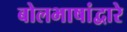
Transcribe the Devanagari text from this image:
बोलभाषांद्वारे